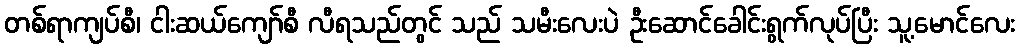
တစ်ရာကျပ်စီ၊ ငါးဆယ်ကျော်စီ လီရသည်တွင် သည် သမီးလေးပဲ ဦးဆောင်ခေါင်းရွက်လုပ်ပြီး သူ့မောင်လေး